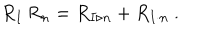
R _ { I } \, R _ { n } = R _ { I \triangleright n } + R _ { I \cdot n } \ .